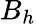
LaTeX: B_{h}